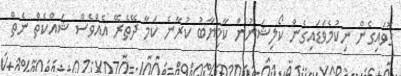
ގޮވައިގެން ނިކުމެވަޑައިގެން ކޯލިޝަނުން ކާމިޔާބު ކުރާނެ ކަމާ ދޭތެރޭ އެއްވެސް ޝައްކެތް ނެތް